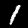
Label: 1